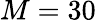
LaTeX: M=30